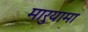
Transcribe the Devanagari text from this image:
मारुयामा